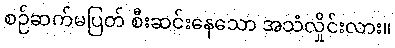
စဉ်ဆက်မပြတ် စီးဆင်းနေသော အသံလှိုင်းလား။